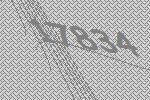
17834